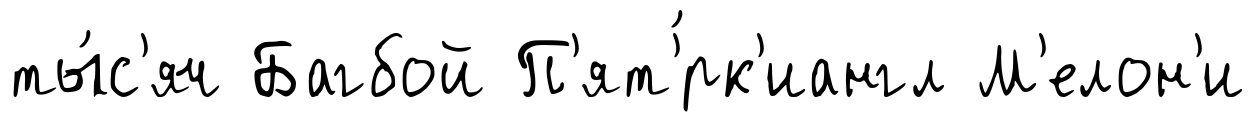
ты́с'яч Багбой П'ят'́рк'иангл М'елон'и